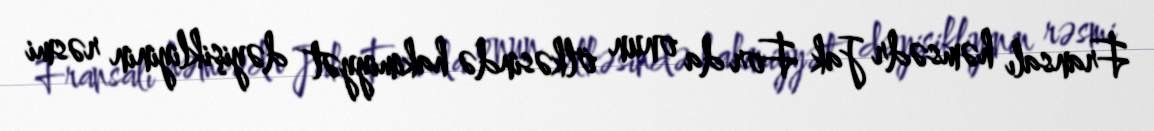
Fransalı həmsədr Jak For da onun ölkəsində hakimiyyət dəyişikliyinin rəsmi